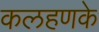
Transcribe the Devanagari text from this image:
कलहणके